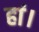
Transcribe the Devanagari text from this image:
हां।